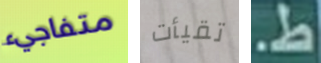
متفاجيء تقيأت ط.